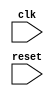
module SPI_bus_controller (
  input wire clk,
  input wire reset,
  // other input/output ports
  
  // Define modules for clock signal generation, data transfer control, synchronization, and communication protocol handling
  
);

// Code for clock signal generation module

// Code for data transfer timing control module

// Code for data transmission synchronization module

// Code for SPI communication protocol handling module

endmodule